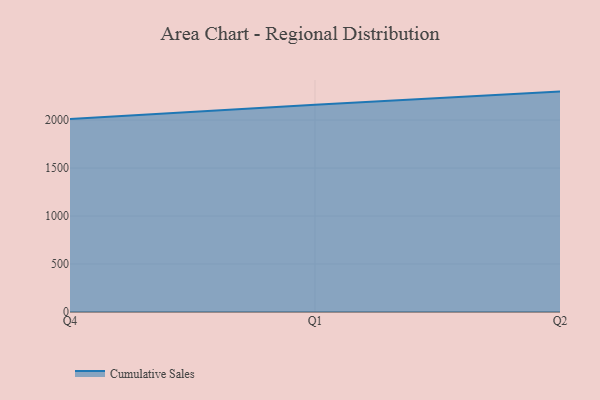
{"axis": {"x": "Quarter", "y": "Humidity (%)"}, "legend": ["Cumulative Sales"], "data": [{"x": "Q4", "y": 2011.1, "type": "Cumulative Sales"}, {"x": "Q1", "y": 2159.9, "type": "Cumulative Sales"}, {"x": "Q2", "y": 2296.4, "type": "Cumulative Sales"}]}